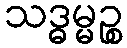
သဒ္ဓမ္မဉ္စ